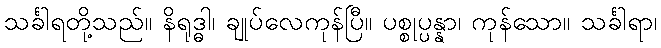
သင်္ခါရတို့သည်။ နိရုဒ္ဓါ၊ ချုပ်လေကုန်ပြီ။ ပစ္စုပ္ပန္နာ၊ ကုန်သော။ သင်္ခါရာ၊